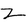
Character: Z